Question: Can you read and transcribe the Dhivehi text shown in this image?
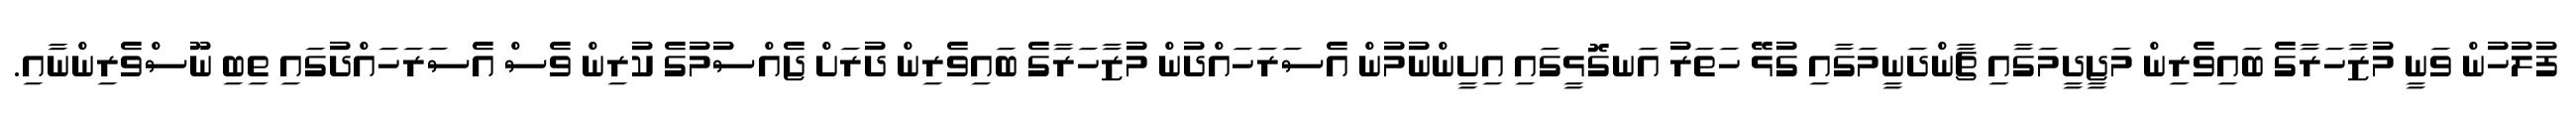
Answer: ފުލުހުން ވަނީ މުޒާހަރާގެ ބައިވެރިން މަޖީދީމަގާއި ޗާންދަނީމަގާއި ގުޅޭ ހަތަރު އަނގޮޅީގައި އިށީންނުމުން އެސަރަހައްދުން މުޒާހަރާގެ ބައިވެރިން ދުރަށް ޖެއްސުމުގެ ކުރިން ވެސް އެސަރަހައްދުގައި ތިބި ނޫސްވެރިންނާއި.